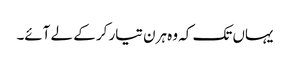
یہاں تک کہ وہ ہرن تیار کر کے لے آئے۔